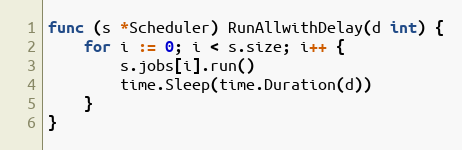
Language: Go
func (s *Scheduler) RunAllwithDelay(d int) {
	for i := 0; i < s.size; i++ {
		s.jobs[i].run()
		time.Sleep(time.Duration(d))
	}
}